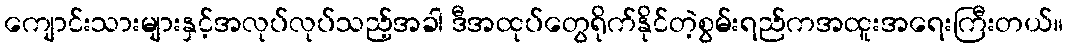
ကျောင်းသားများနှင့်အလုပ်လုပ်သည့်အခါ ဒီအထုပ်တွေရိုက်နိုင်တဲ့စွမ်းရည်ကအထူးအရေးကြီးတယ်။